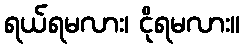
ရယ်ရမလား၊ ငိုရမလား။